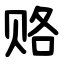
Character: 赂